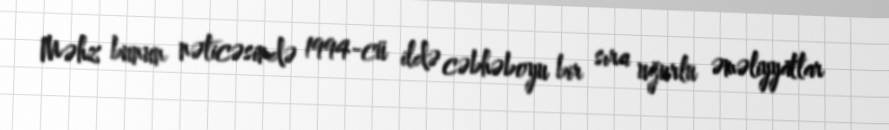
Məhz bunun nəticəsində 1994-cü ildə cəbhəboyu bir sıra uğurlu əməliyyatlar